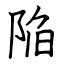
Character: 陥